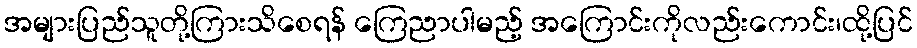
အများပြည်သူတို့ကြားသိစေရန် ကြေညာပါမည့် အကြောင်းကိုလည်းကောင်း၊ထို့ပြင်